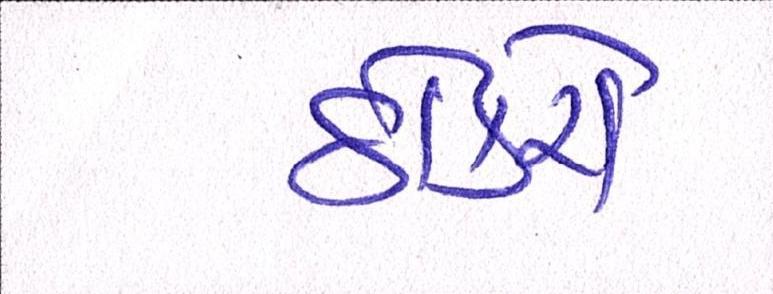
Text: ઠોકરો